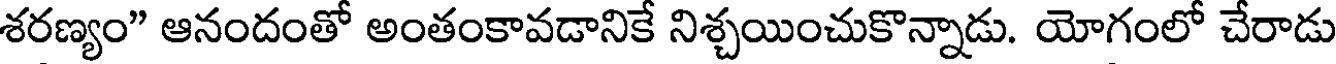
శరణ్యం" ఆనందంతో అంతంకావడానికే నిశ్చయించుకొన్నాడు. యోగంలో చేరాడు